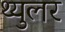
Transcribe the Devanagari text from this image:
थ्युलर